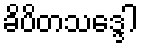
ခိပိတသဒ္ဒေါ